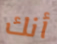
أنك